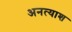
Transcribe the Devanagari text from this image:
अनत्याश